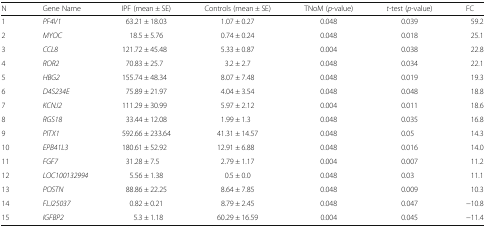
<table><thead><tr><td><b>N</b></td><td><b>Gene Name</b></td><td><b>IPF (mean ± SE)</b></td><td><b>Controls (mean ± SE)</b></td><td><b>TNoM (<i>p</i>-value)</b></td><td><b><i>t</i>-test (<i>p</i>-value)</b></td><td><b>FC</b></td></tr></thead><tbody><tr><td>1</td><td><i>PF4V1</i></td><td>63.21 ± 18.03</td><td>1.07 ± 0.27</td><td>0.048</td><td>0.039</td><td>59.2</td></tr><tr><td>2</td><td><i>MYOC</i></td><td>18.5 ± 5.76</td><td>0.74 ± 0.24</td><td>0.048</td><td>0.018</td><td>25.1</td></tr><tr><td>3</td><td><i>CCL8</i></td><td>121.72 ± 45.48</td><td>5.33 ± 0.87</td><td>0.004</td><td>0.038</td><td>22.8</td></tr><tr><td>4</td><td><i>ROR2</i></td><td>70.83 ± 25.7</td><td>3.2 ± 2.7</td><td>0.048</td><td>0.034</td><td>22.1</td></tr><tr><td>5</td><td><i>HBG2</i></td><td>155.74 ± 48.34</td><td>8.07 ± 7.48</td><td>0.048</td><td>0.019</td><td>19.3</td></tr><tr><td>6</td><td><i>D4S234E</i></td><td>75.89 ± 21.97</td><td>4.04 ± 3.54</td><td>0.048</td><td>0.048</td><td>18.8</td></tr><tr><td>7</td><td><i>KCNJ2</i></td><td>111.29 ± 30.99</td><td>5.97 ± 2.12</td><td>0.004</td><td>0.011</td><td>18.6</td></tr><tr><td>8</td><td><i>RGS18</i></td><td>33.44 ± 12.08</td><td>1.99 ± 1.3</td><td>0.048</td><td>0.035</td><td>16.8</td></tr><tr><td>9</td><td><i>PITX1</i></td><td>592.66 ± 233.64</td><td>41.31 ± 14.57</td><td>0.048</td><td>0.05</td><td>14.3</td></tr><tr><td>10</td><td><i>EPB41L3</i></td><td>180.61 ± 52.92</td><td>12.91 ± 6.88</td><td>0.048</td><td>0.016</td><td>14.0</td></tr><tr><td>11</td><td><i>FGF7</i></td><td>31.28 ± 7.5</td><td>2.79 ± 1.17</td><td>0.004</td><td>0.007</td><td>11.2</td></tr><tr><td>12</td><td><i>LOC100132994</i></td><td>5.56 ± 1.38</td><td>0.5 ± 0.0</td><td>0.048</td><td>0.03</td><td>11.1</td></tr><tr><td>13</td><td><i>POSTN</i></td><td>88.86 ± 22.25</td><td>8.64 ± 7.85</td><td>0.048</td><td>0.009</td><td>10.3</td></tr><tr><td>14</td><td><i>FLJ25037</i></td><td>0.82 ± 0.21</td><td>8.79 ± 2.45</td><td>0.048</td><td>0.047</td><td>−10.8</td></tr><tr><td>15</td><td><i>IGFBP2</i></td><td>5.3 ± 1.18</td><td>60.29 ± 16.59</td><td>0.004</td><td>0.045</td><td>−11.4</td></tr></tbody></table>